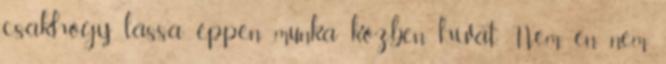
csak,hogy lássa éppen munka közben hívat. Nem, én nem